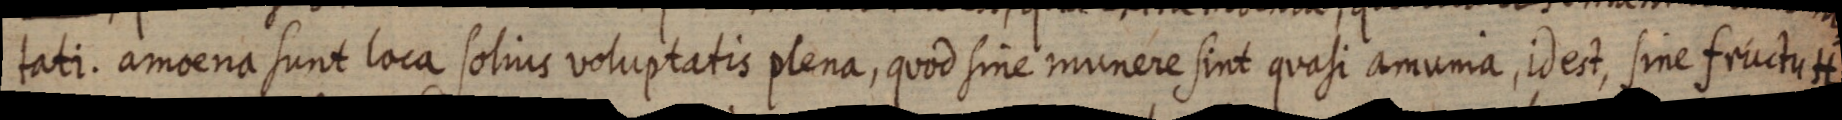
tati. amoena sunt loca solius voluptatis plena, quod sine munere sint quasi amunia, id est, sine fructu H